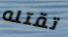
تقتله